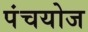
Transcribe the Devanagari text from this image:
पंचयोज